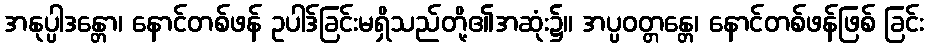
အနုပ္ပါဒန္တော၊ နောင်တစ်ဖန် ဥပါဒ်ခြင်းမရှိသည်တို့၏အဆုံး၌။ အပ္ပဝတ္တန္တေ၊ နောင်တစ်ဖန်ဖြစ် ခြင်း